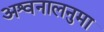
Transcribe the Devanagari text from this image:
अश्वनालनुमा